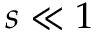
s \ll 1